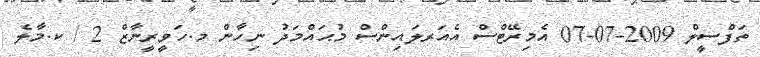
ތަފްސީލް 2009-07-07 އެމިރޭޓްސް އެއަރލައިންސް މުޙައްމަދު ނިހާން މ.ހަވީރީނާޒް 2 / ކ.މާލެ